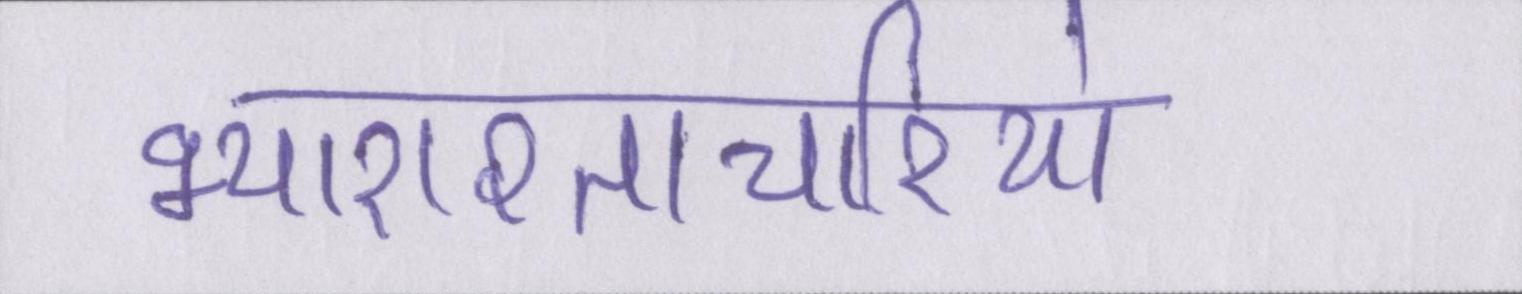
भ्याराश्ताचारियो